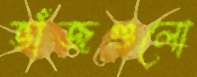
ভাঁজগুলো